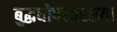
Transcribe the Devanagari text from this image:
बुद्धघोषसारख्या